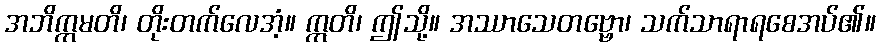
အဘိက္ကမတိ၊ တိုးတက်လေအံ့။ ဣတိ၊ ဤသို့။ အဿာသေတဗ္ဗော၊ သက်သာရာရစေအပ်၏။